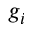
g _ { i }